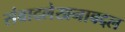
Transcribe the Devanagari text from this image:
संवादलेखनाबद्दल